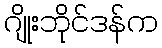
ဂျိုးဘိုင်ဒန်က